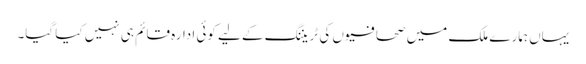
یہاں ہمارے ملک میں صحافیوں کی ٹریننگ کے لیے کوئی ادارہ قائم ہی نہیں کیا گیا۔